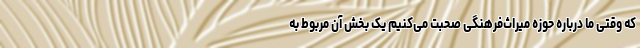
که وقتی ما درباره حوزه میراث‌فرهنگی صحبت می‌کنیم یک بخش آن مربوط به